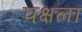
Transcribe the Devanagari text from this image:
पक्षला